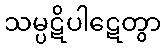
သမ္ပဋိပါဋေတွာ